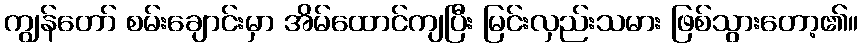
ကျွန်တော် စမ်းချောင်းမှာ အိမ်ထောင်ကျပြီး မြင်းလှည်းသမား ဖြစ်သွားတော့၏။